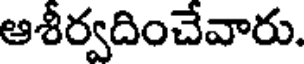
ఆశీర్వదించేవారు.